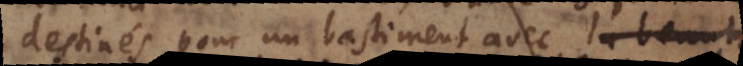
destinés pour un bastiment avec la grandeur